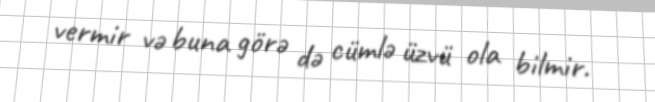
vermir və buna görə də cümlə üzvü ola bilmir.